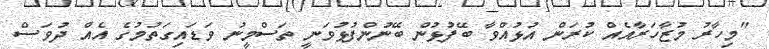
"މިހާރު މުޒާހަރާއެއް ކުރަން އުޅުއްވާ ބޭފުޅުން ބޭނުންފުޅުވަނީ ތަސްމީނު ވަޑައިގަތުމުގެ އެއް ދުވަސް